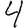
Digit: 4